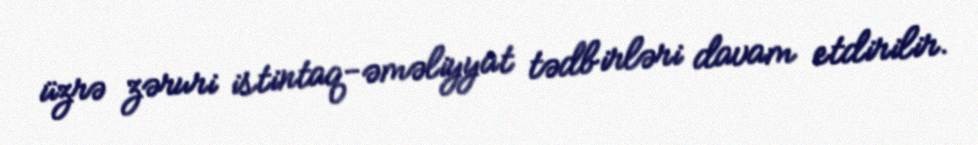
üzrə zəruri istintaq-əməliyyat tədbirləri davam etdirilir.